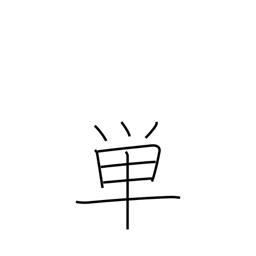
Meaning: merely